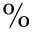
\%